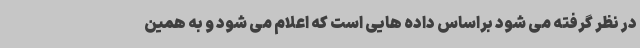
در نظر گرفته می شود براساس داده هایی است که اعلام می شود و به همین